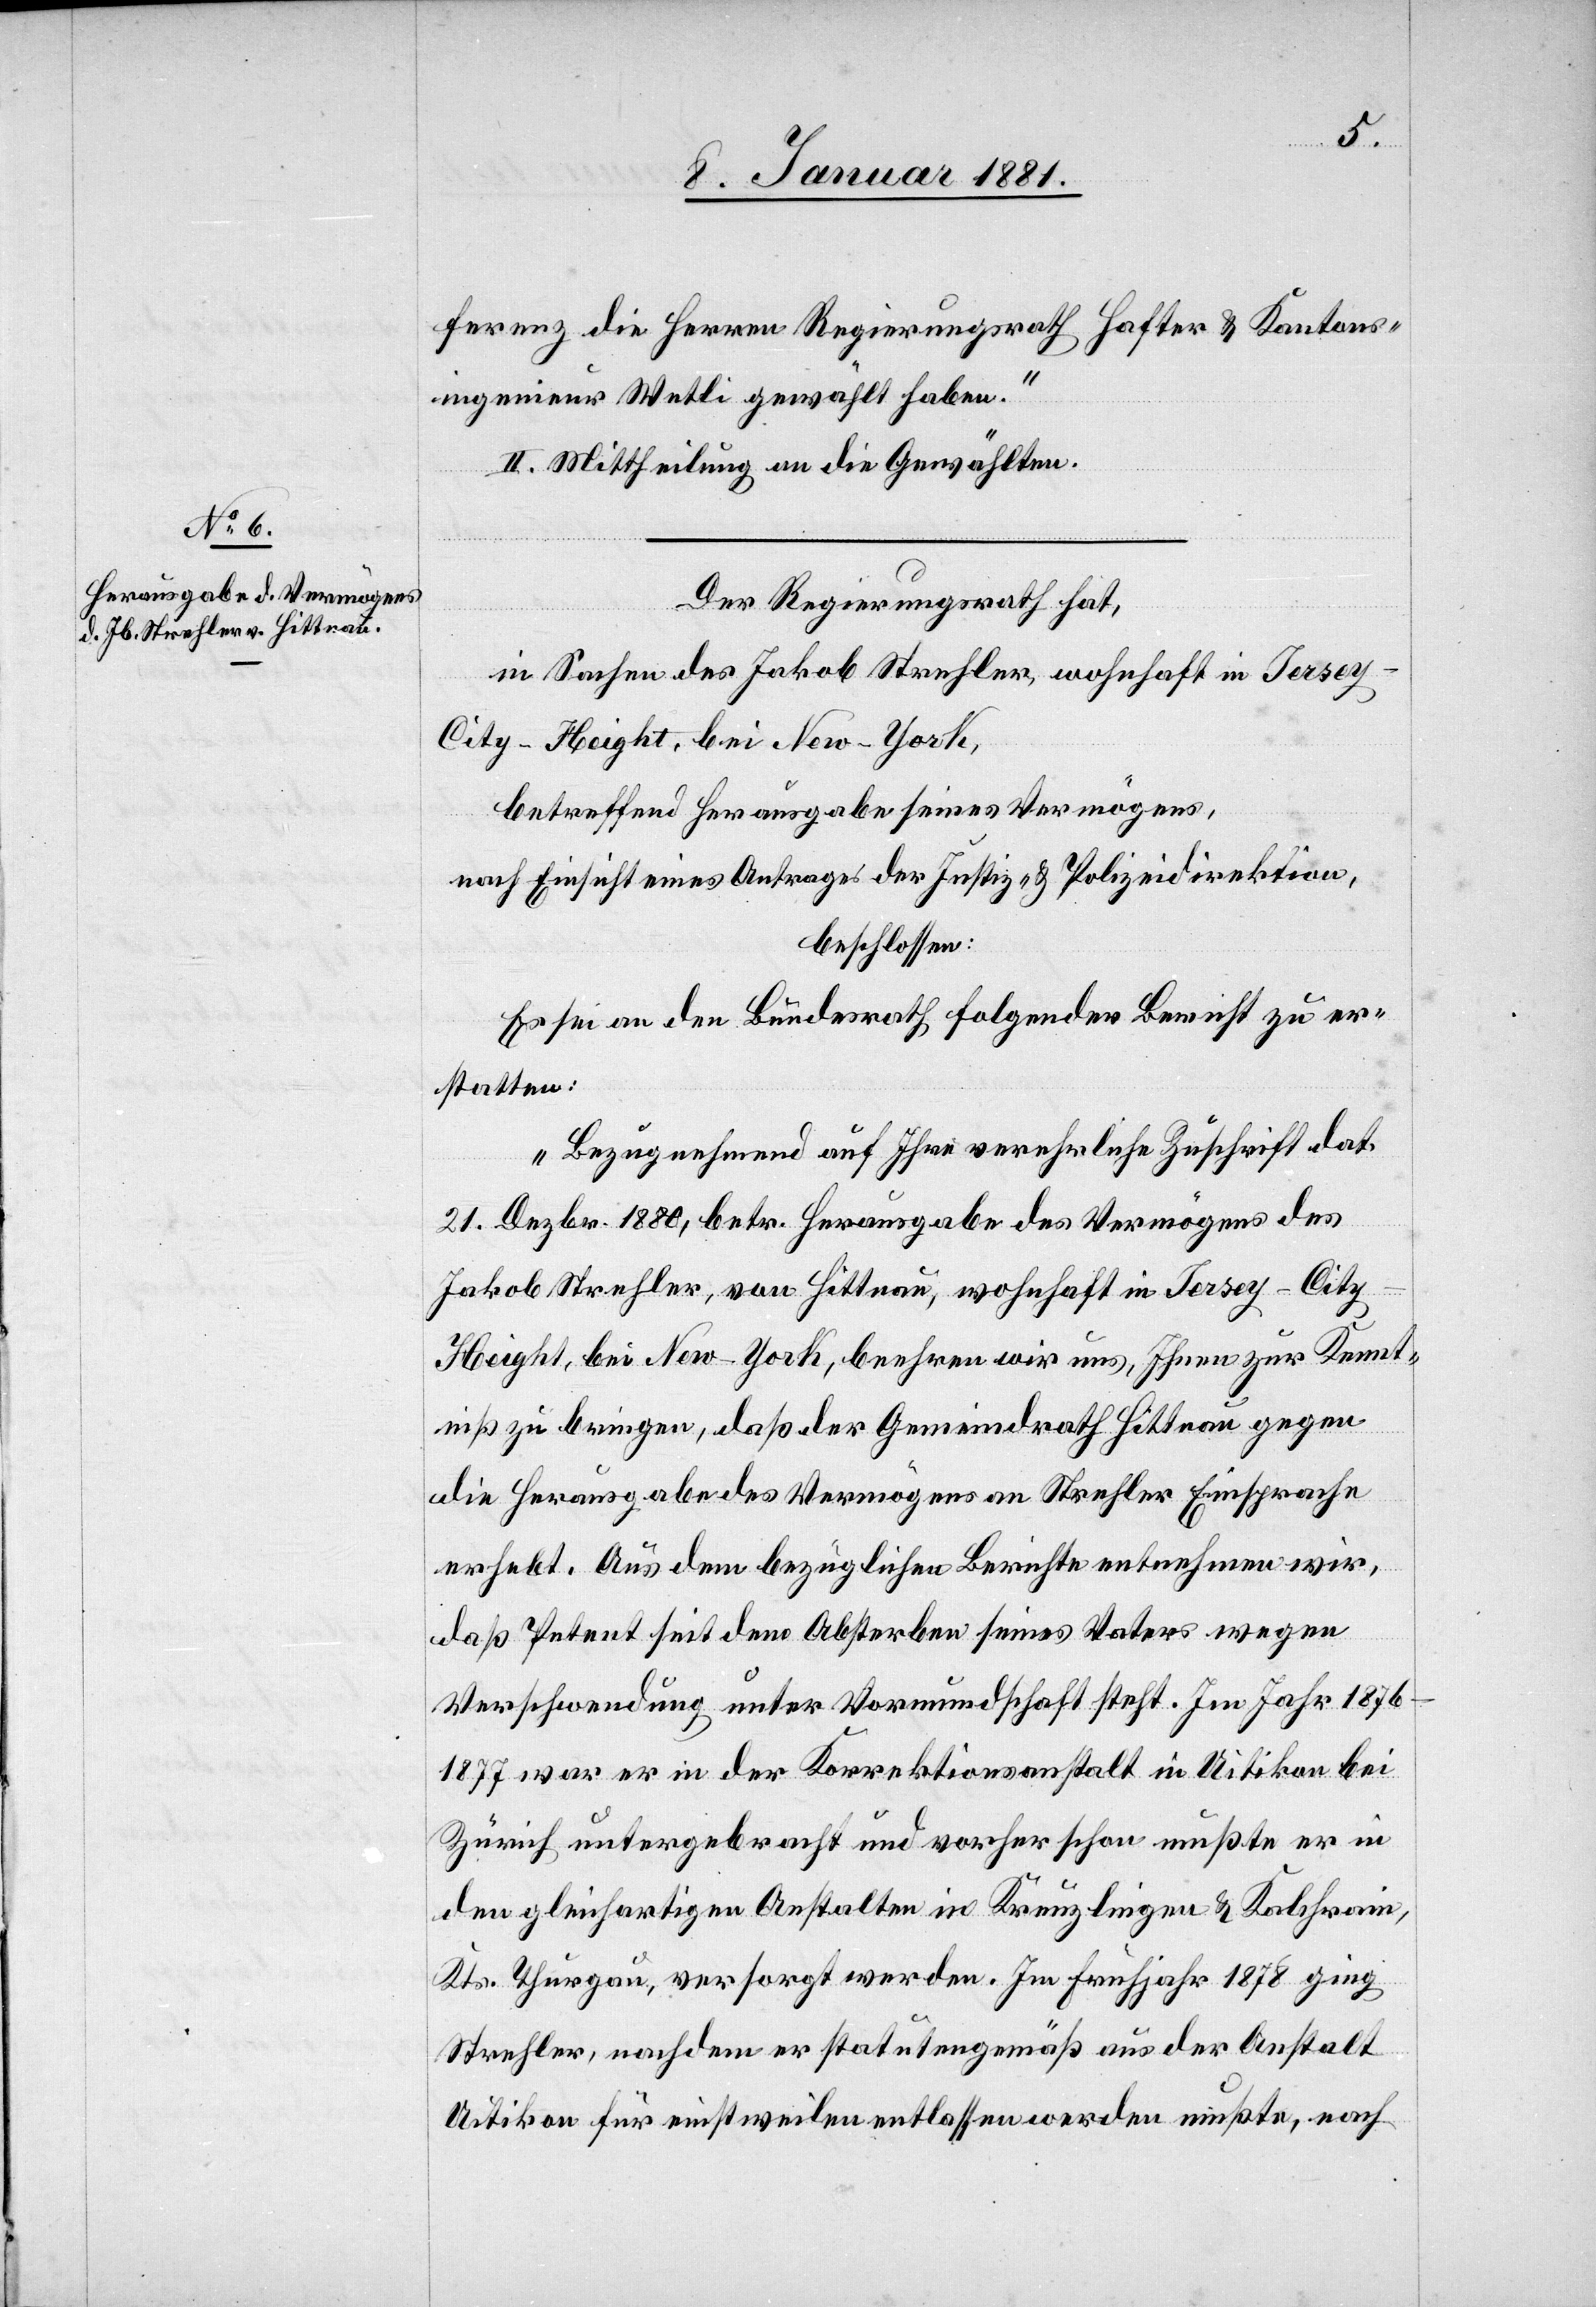
ferenz die Herren Regierungsrath Hafter & Kantons¬
ingenieur Wetli gewählt haben.“
II. Mittheilung an die Gewählten.
Der Regierungsrath hat,
in Sachen des Jakob Strehler, wohnhaft in Jerse¬
y-City-Height, bei New-York,
betreffend Herausgabe seines Vermögens,
nach Einsicht eines Antrages der Justiz- & Polizeidirektion,
beschlossen:
Es sei an den Bundesrath folgender Bericht zu er¬
statten:
„Bezugnehmend auf Ihre verehrliche Zuschrift dat.
21. Dezbr. 1880, betr. Herausgabe des Vermögens des
Jakob Strehler, von Hittnau, wohnhaft in Jersey-Cit¬
y-Height, bei New-York, beehren wir uns, Ihnen zur Kennt¬
niß zu bringen, daß der Gemeindrath Hittnau gegen
die Herausgabe des Vermögens an Strehler Einsprache
erhebt. Aus dem bezüglichen Berichte entnehmen wir,
daß Petent seit dem Absterben seines Vaters wegen
Verschwendung unter Vormundschaft steht. Im Jahr 1876–1877
war er in der Korrektionsanstalt in Uitikon bei
Zürich untergebracht und vorher schon mußte er in
den gleichartigen Anstalten in Kreuzlingen & Kalchrain,
Kts. Thurgau, versorgt werden. Im Frühjahr 1878 ging
Strehler, nachdem er statutengemäß aus der Anstalt
Uitikon für einstweilen entlassen werden mußte, nach